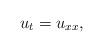
LaTeX: \begin{align*} u_t=u_{xx},\end{align*}